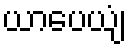
ယာပေယျံ